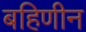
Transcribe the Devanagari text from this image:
बहिणीन